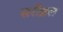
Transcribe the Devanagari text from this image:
सरीब्रल